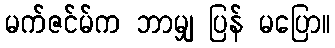
မက်ဇင်မ်က ဘာမျှ ပြန် မပြော။